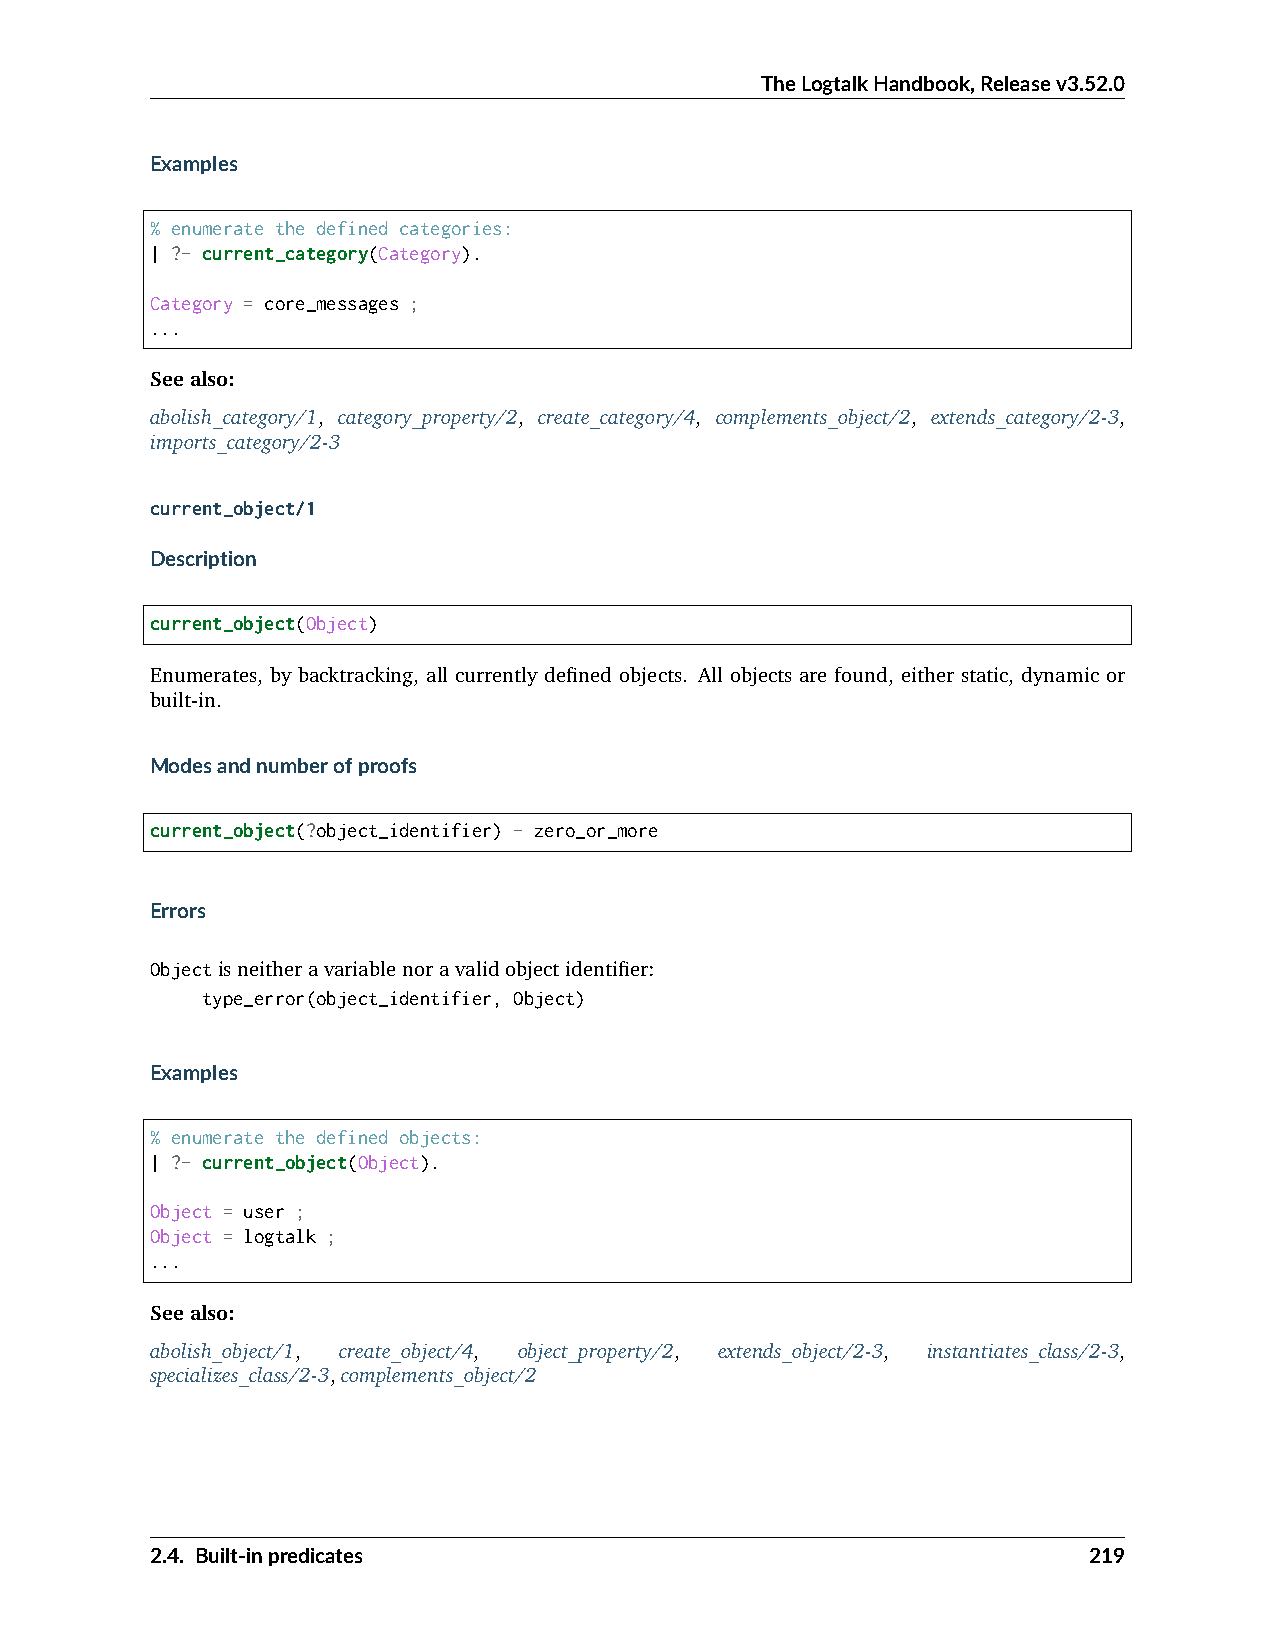
TheLogtalkHandbook,Releasev3.52.0
 Examples
 % enumerate the defined categories:
 | ?- current_category(Category).
 Category = core_messages ;
 ...
 Seealso:
 abolish_category/1, category_property/2, create_category/4, complements_object/2, extends_category/2-3,
 imports_category/2-3
 current_object/1
 Description
 current_object(Object)
 Enumerates, by backtracking, all currently defined objects. All objects are found, either static, dynamic or
 built-in.
 Modesandnumberofproofs
 current_object(?object_identifier) - zero_or_more
 Errors
 Objectisneitheravariablenoravalidobjectidentifier:
 type_error(object_identifier, Object)
 Examples
 % enumerate the defined objects:
 | ?- current_object(Object).
 Object = user ;
 Object = logtalk ;
 ...
 Seealso:
 abolish_object/1, create_object/4, object_property/2, extends_object/2-3, instantiates_class/2-3,
 specializes_class/2-3,complements_object/2
 2.4. Built-inpredicates                                       219